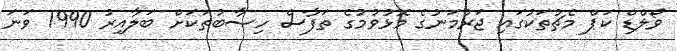
ވޯލްޑް ކަޕް މެޗުތަކުގައި ޖަރުމަނުގެ މޮޅުވުމުގެ ތަފާސް ހިސާބުތަކަށް ބަލާއިރު 1990 ވަނަ